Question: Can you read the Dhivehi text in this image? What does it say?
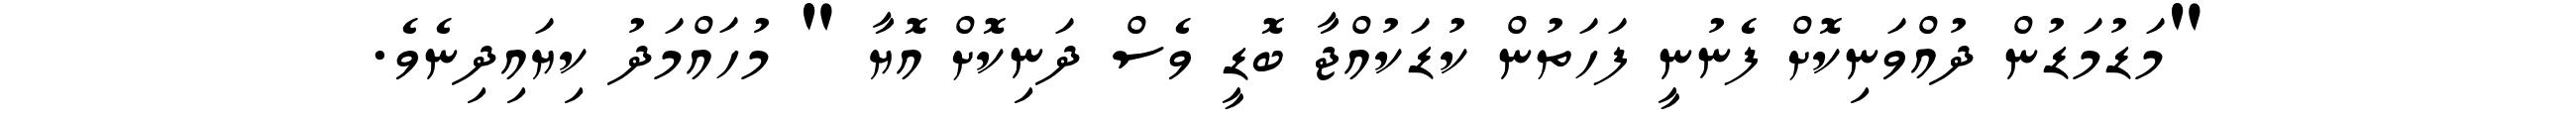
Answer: "މަޑުމަޑުން ދުއްވަނިކޮށް ފެނުނީ ފަހަތުން ކުޑަކުއްޖާ ބޮޑީ ވެސް ދަނިކޮށް އޮޔާ " މުހައްމަދު ކިޔައިދިނެވެ.